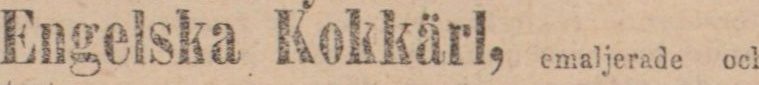
Engelska Kokkärl,